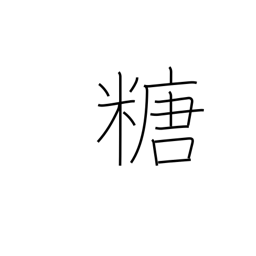
Meaning: sugar